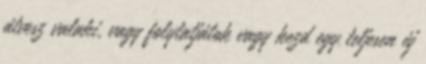
átvesz valaki, vagy folytatjátok vagy kezd egy teljesen új